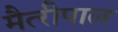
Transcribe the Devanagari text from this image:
मैत्‍रीपाल